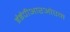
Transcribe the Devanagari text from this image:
ईईपीआरओएम